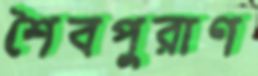
শৈবপুরাণ